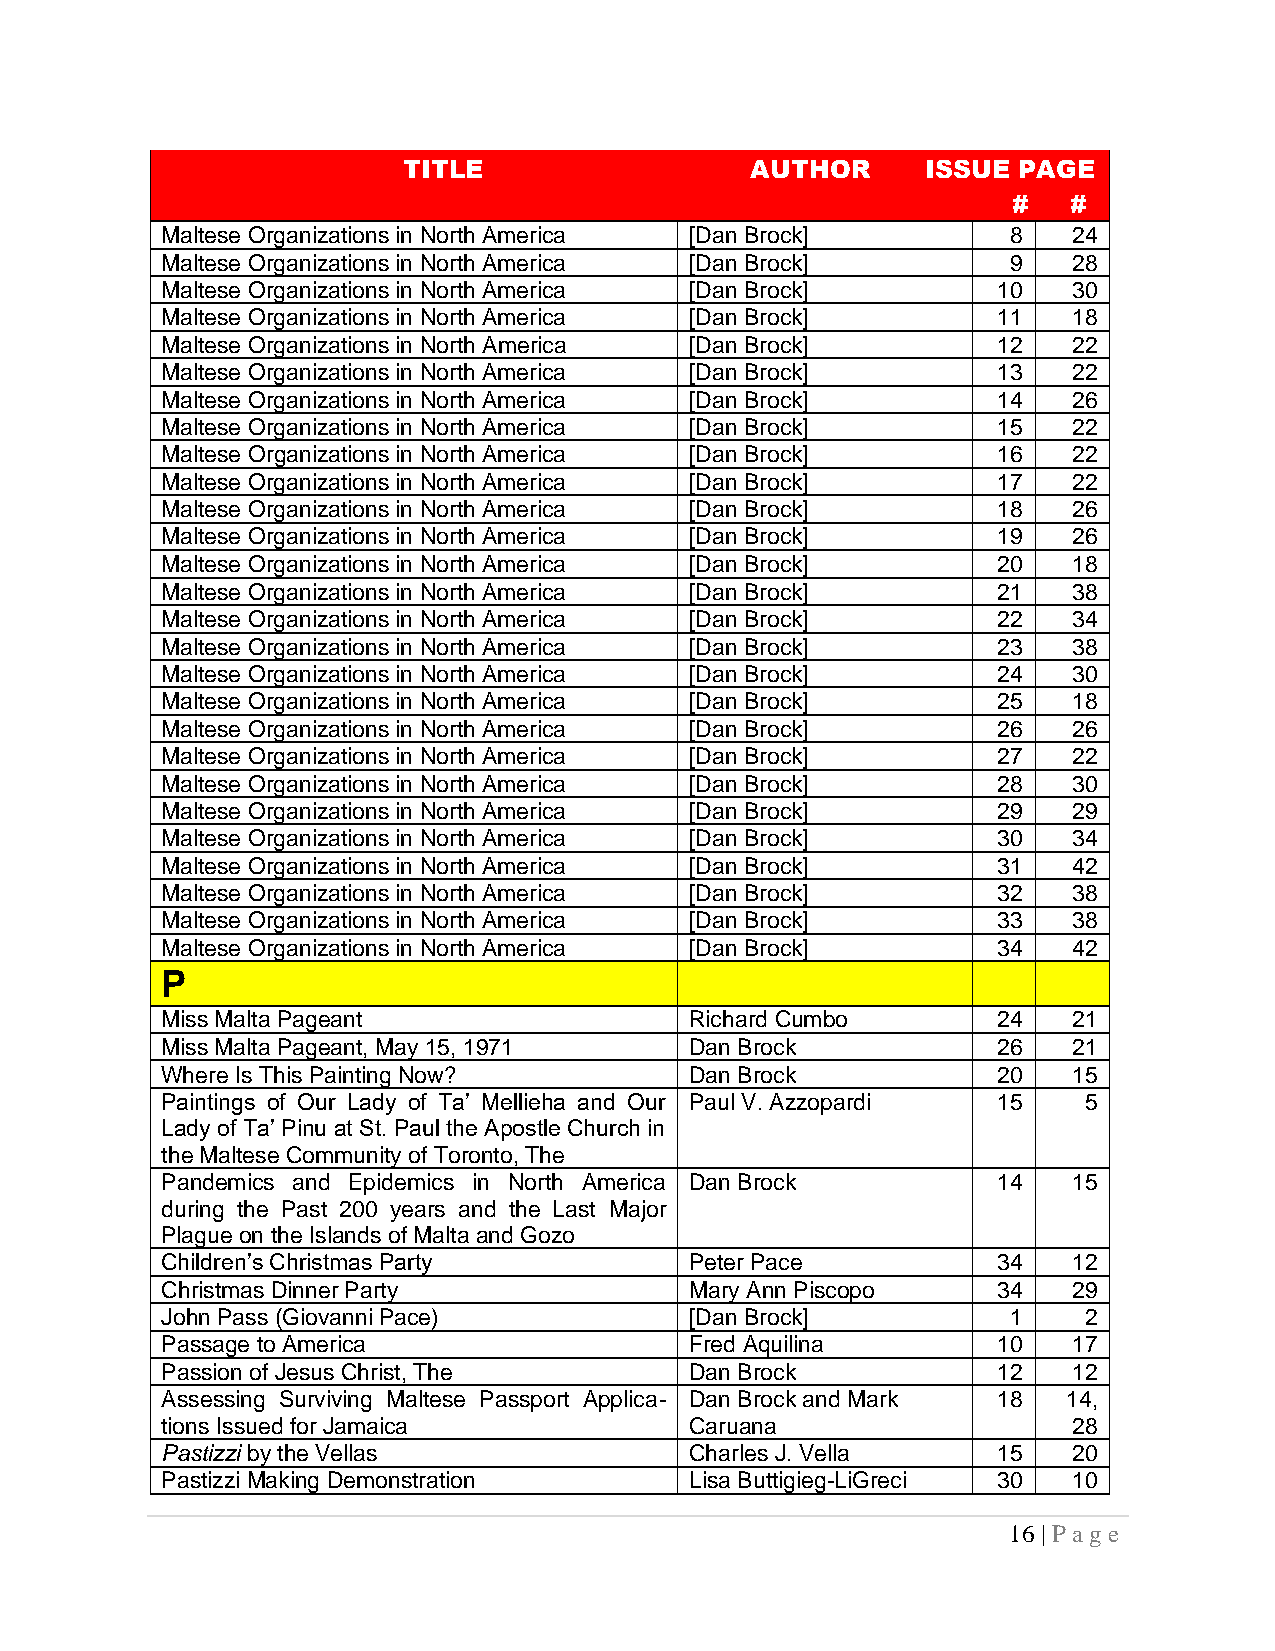
TITLE                  AUTHOR     ISSUE PAGE
 #   #
 Maltese Organizations in North America [Dan Brock]      8   24
 Maltese Organizations in North America [Dan Brock]      9   28
 Maltese Organizations in North America [Dan Brock]     10   30
 Maltese Organizations in North America [Dan Brock]     11   18
 Maltese Organizations in North America [Dan Brock]     12   22
 Maltese Organizations in North America [Dan Brock]     13   22
 Maltese Organizations in North America [Dan Brock]     14   26
 Maltese Organizations in North America [Dan Brock]     15   22
 Maltese Organizations in North America [Dan Brock]     16   22
 Maltese Organizations in North America [Dan Brock]     17   22
 Maltese Organizations in North America [Dan Brock]     18   26
 Maltese Organizations in North America [Dan Brock]     19   26
 Maltese Organizations in North America [Dan Brock]     20   18
 Maltese Organizations in North America [Dan Brock]     21   38
 Maltese Organizations in North America [Dan Brock]     22   34
 Maltese Organizations in North America [Dan Brock]     23   38
 Maltese Organizations in North America [Dan Brock]     24   30
 Maltese Organizations in North America [Dan Brock]     25   18
 Maltese Organizations in North America [Dan Brock]     26   26
 Maltese Organizations in North America [Dan Brock]     27   22
 Maltese Organizations in North America [Dan Brock]     28   30
 Maltese Organizations in North America [Dan Brock]     29   29
 Maltese Organizations in North America [Dan Brock]     30   34
 Maltese Organizations in North America [Dan Brock]     31   42
 Maltese Organizations in North America [Dan Brock]     32   38
 Maltese Organizations in North America [Dan Brock]     33   38
 Maltese Organizations in North America [Dan Brock]     34   42
 P
 Miss Malta Pageant                 Richard Cumbo       24   21
 Miss Malta Pageant, May 15, 1971   Dan Brock           26   21
 Where Is This Painting Now?        Dan Brock           20   15
 Paintings of Our Lady of Ta’ Mellieha and Our Paul V. Azzopardi 15 5
 Lady of Ta’ Pinu at St. Paul the Apostle Church in
 the Maltese Community of Toronto, The
 Pandemics and Epidemics in North America Dan Brock     14   15
 during the Past 200 years and the Last Major
 Plague on the Islands of Malta and Gozo
 Children’s Christmas Party         Peter Pace          34   12
 Christmas Dinner Party             Mary Ann Piscopo    34   29
 John Pass (Giovanni Pace)          [Dan Brock]          1    2
 Passage to America                 Fred Aquilina       10   17
 Passion of Jesus Christ, The       Dan Brock           12   12
 Assessing Surviving Maltese Passport Applica- Dan Brock and Mark 18 14,
 tions Issued for Jamaica           Caruana                  28
 Pastizzi by the Vellas             Charles J. Vella    15   20
 Pastizzi Making Demonstration      Lisa Buttigieg-LiGreci 30 10
 16 | P ag e